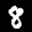
Label: 8